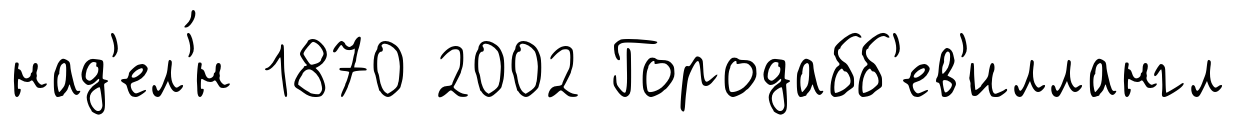
над'ел'́н 1870 2002 Городабб'ев'иллангл